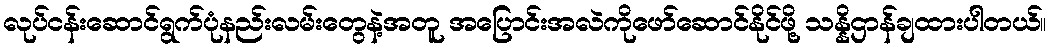
လုပ်ငန်းဆောင်ရွက်ပုံနည်းလမ်းတွေနဲ့အတူ အပြောင်းအလဲကိုဖော်ဆောင်နိုင်ဖို့ သန္နိဌာန်ချထားပါတယ်။